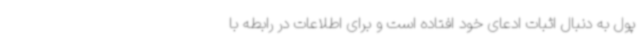
پول به دنبال اثبات ادعای خود افتاده است و برای اطلاعات در رابطه با